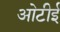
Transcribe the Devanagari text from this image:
ओटीई